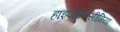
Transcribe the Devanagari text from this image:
हाइपोकैल्सीमिया